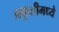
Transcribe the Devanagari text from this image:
प्रकृतीमध्येे